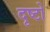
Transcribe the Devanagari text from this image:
दृष्टो